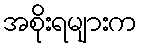
အစိုးရများက